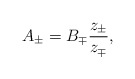
\begin{align*}A_{\pm}=B_{\mp}\frac{z_\pm}{z_\mp},\end{align*}